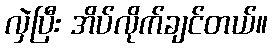
လှဲပြီး အိပ်လိုက်ချင်တယ်။